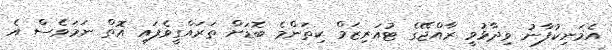
އެމަނިކުފާނު ވިދާޅުވީ ރާއްޖޭގެ ޓުއަރިޒަމް ކިތަންމެ ބޮޑަށް ތަރައްގީވެފައި އޮތް ނަމަވެެސް އެ